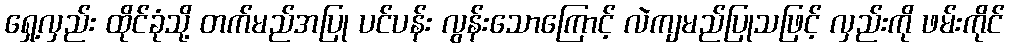
ရှေ့လှည်း ထိုင်ခုံသို့ တက်မည်အပြု ပင်ပန်း လွန်းသောကြောင့် လဲကျမည်ပြုသဖြင့် လှည်းကို ဖမ်းကိုင်